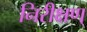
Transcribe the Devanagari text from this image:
निरीक्षण्